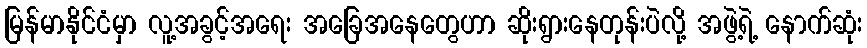
မြန်မာနိုင်ငံမှာ လူ့အခွင့်အရေး အခြေအနေတွေဟာ ဆိုးရွားနေတုန်းပဲလို့ အဖွဲ့ရဲ့ နောက်ဆုံး